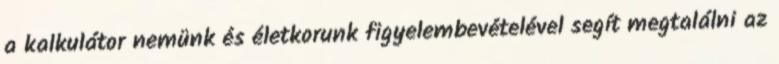
a kalkulátor nemünk és életkorunk figyelembevételével segít megtalálni az